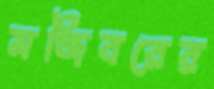
মজিবরের